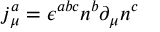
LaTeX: j _ { \mu } ^ { a } = \epsilon ^ { a b c } n ^ { b } \partial _ { \mu } n ^ { c }